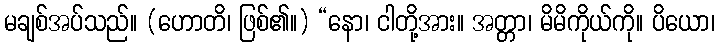
မချစ်အပ်သည်။ (ဟောတိ၊ ဖြစ်၏။) “နော၊ ငါတို့အား။ အတ္တာ၊ မိမိကိုယ်ကို။ ပိယော၊